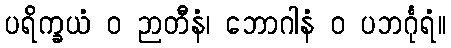
ပရိက္ခယံ ဝ ဉာတီနံ၊ ဘောဂါနံ ဝ ပဘင်္ဂုရံ။